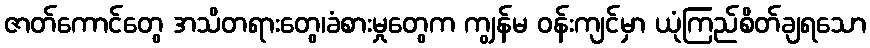
ဇာတ်ကောင်တွေ အသိတရားတွေ၊ခံစားမှုတွေက ကျွန်မ ဝန်းကျင်မှာ ယုံကြည်စိတ်ချရသော